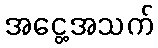
အငွေ့အသက်